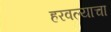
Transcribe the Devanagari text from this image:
हरवल्याचा